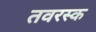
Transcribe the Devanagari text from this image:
तवरस्क